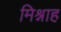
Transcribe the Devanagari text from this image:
मिश्नाह